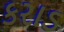
કરાડ